65_HS1-834228961_62-HQ-83894_Section_8
Agency: FBI
Page 151
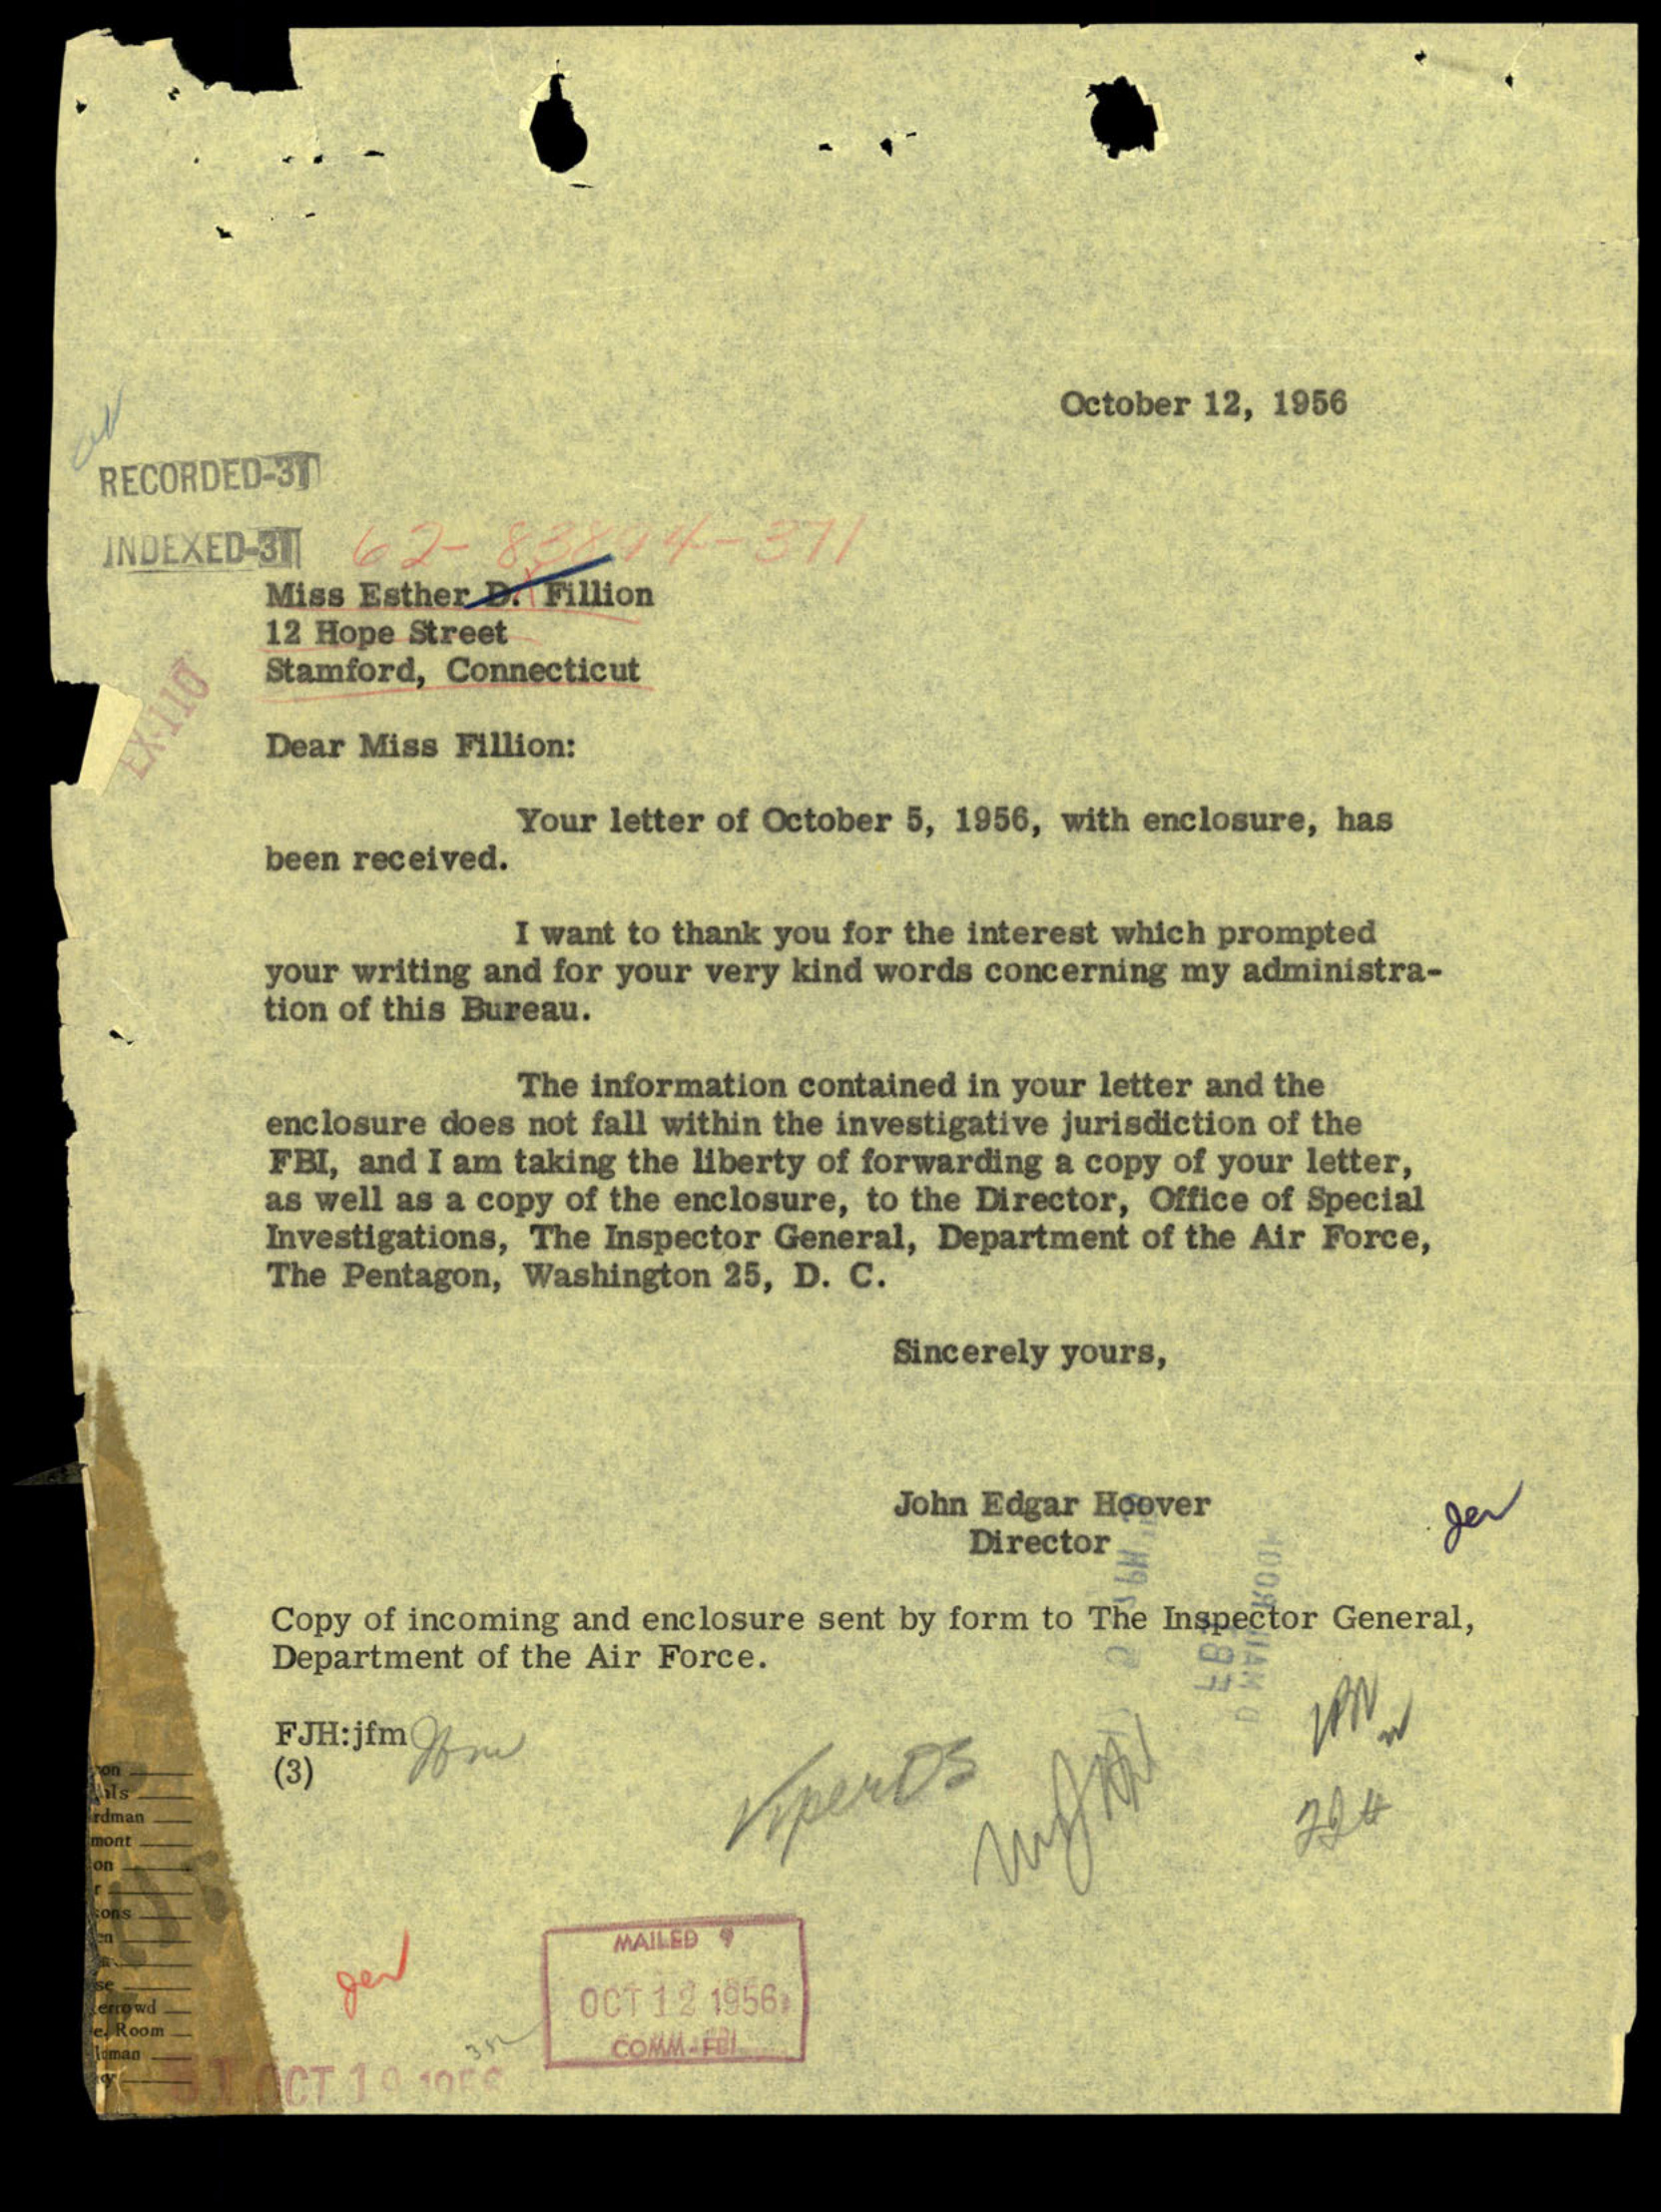